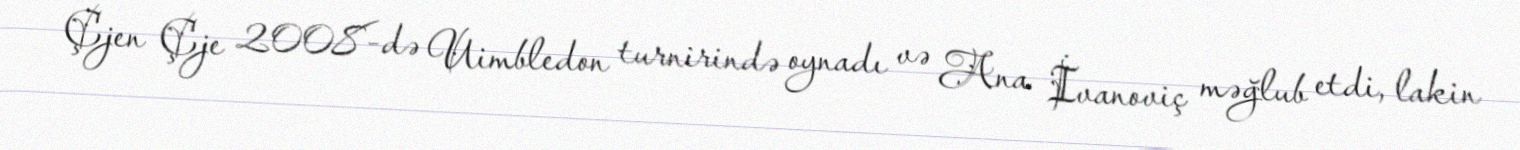
Çjen Çje 2008-də Uimbledon turnirində oynadı və Ana İvanoviç məğlub etdi, lakin